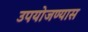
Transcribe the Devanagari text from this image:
उपयोजण्यास